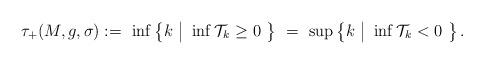
LaTeX: \begin{align*}\tau_+(M,g,\sigma):= \ \inf\big \{ k\ \big |\ \inf \mathcal T_k\geq 0\ \big\} \ = \ \sup \big \{ k\ \big |\ \inf \mathcal T_k< 0\ \big\}\, .\end{align*}